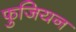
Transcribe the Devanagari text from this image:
फुजियन